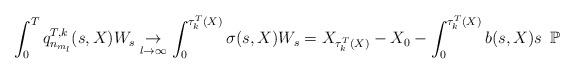
LaTeX: \begin{align*}\int_{0}^{T}q^{T,k}_{n_{m_l}}(s,X)W_s \underset{l \to \infty}{\to} \int_{0}^{\tau^T_k(X)}\sigma(s,X)W_s = X_{\tau^T_k(X)}-X_0-\int_{0}^{\tau^T_k(X)}b(s,X)s \,\,\, \mathbb{P}\end{align*}